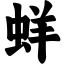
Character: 蛘